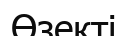
Өзекті